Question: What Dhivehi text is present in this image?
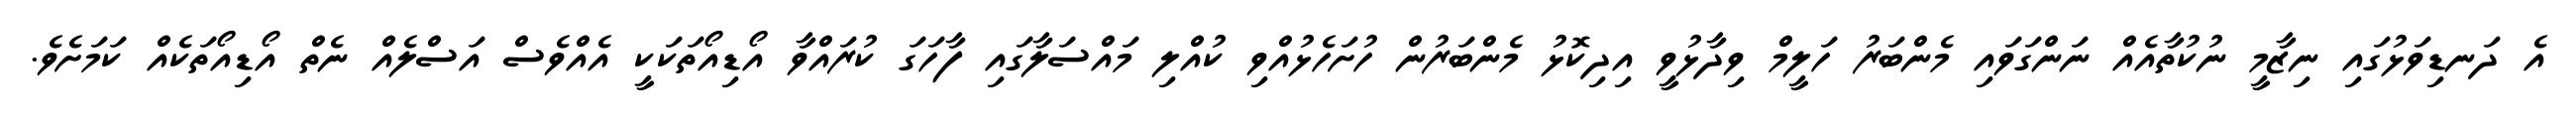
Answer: އެ ދަނޑިވަޅުގައި ނިޒާމީ ނުކުތާއެއް ނަންގަވައި މެންބަރު ހަލީމް ވިދާޅުވީ އިދިކޮޅު މެންބަރުން ހުށަހެޅުއްވި ކުއްލި މައްސަލާގައި ފާހަގަ ކުރައްވާ އޯޑިއޯތަކަކީ އެއްވެސް އަސްލެއް ނެތް އޯޑިއޯތަކެއް ކަމަށެވެ.